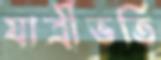
যাত্রীভর্তি